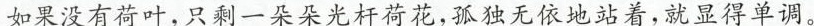
如果没有荷叶，只剩一朵朵光杆荷花，孤独无依地站着，就显得单调。